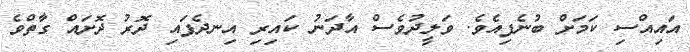
އައިއްސި ކަމަށް ބުނެފިއެވެ. ވަލީދުވެސް އާދަނު ކައިރި އިނދެފައި ދޮރު ދޮށައް ގާތްވެ